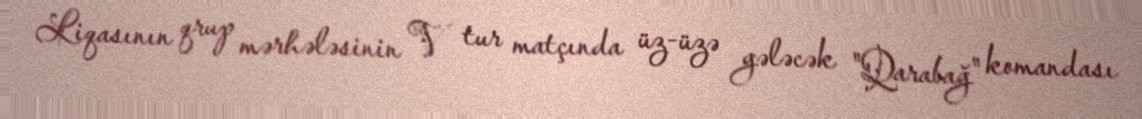
Liqasının qrup mərhələsinin V tur matçında üz-üzə gələcək "Qarabağ" komandası